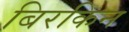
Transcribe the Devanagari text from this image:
बिरकिन